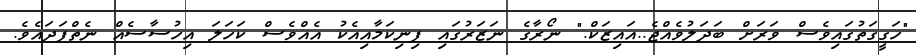
"ހަގީގަތުގައިވެސް ވަރަށް ބަދަލުވެއްޖެ..އައިޒަކް." ނޯރާގެ ނަޒަރުގައި ފިނިކަމާއިއެކު އެއްވެސް ކަހަލަ އިހުސާސެއް ނެތްފަދައެވެ.